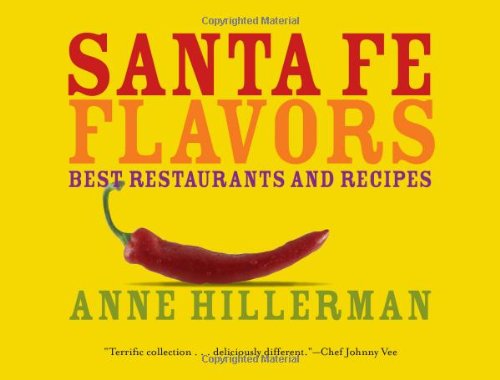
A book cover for Santa Fe Flavors: Best Restaurants and Recipes; Anne Hillerman; Travel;